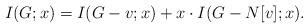
LaTeX: \begin{align*} I(G; x) = I(G - v;x) + x \cdot I(G-N[v]; x). \end{align*}